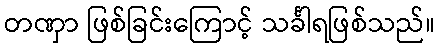
တဏှာ ဖြစ်ခြင်းကြောင့် သင်္ခါရဖြစ်သည်။